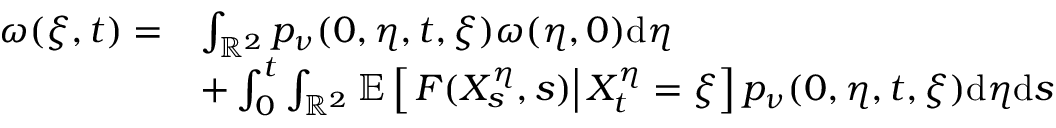
\begin{array} { r l } { \omega ( \xi , t ) = } & { \int _ { \mathbb { R } ^ { 2 } } p _ { \nu } ( 0 , \eta , t , \xi ) \omega ( \eta , 0 ) \mathrm { d } \eta } \\ & { + \int _ { 0 } ^ { t } \int _ { \mathbb { R } ^ { 2 } } \mathbb { E } \left[ \left. F ( X _ { s } ^ { \eta } , s ) \right| X _ { t } ^ { \eta } = \xi \right] p _ { \nu } ( 0 , \eta , t , \xi ) \mathrm { d } \eta \mathrm { d } s } \end{array}